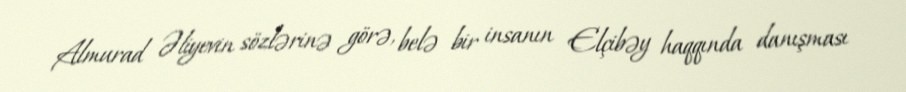
Almurad Əliyevin sözlərinə görə, belə bir insanın Elçibəy haqqında danışması